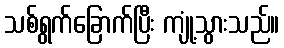
သစ်ရွက်ခြောက်ပြီး ကျုံ့သွားသည်။